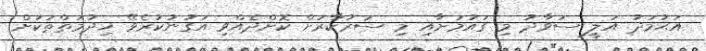
އަޙުމަދު އަލީ ސަވާދު މި ގައުމަށާއި މި ސަރުކާރަށް ކޮށްދެއްވި އަގުނުކުރެވޭ ޚިދުމަތްތަކަށް